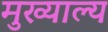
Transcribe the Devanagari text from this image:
मुख्याल्य